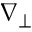
\nabla _ { \perp }